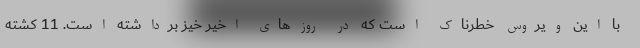
با این ویروس خطرناک است که در روزهای اخیر خیز برداشته است. 11 کشته